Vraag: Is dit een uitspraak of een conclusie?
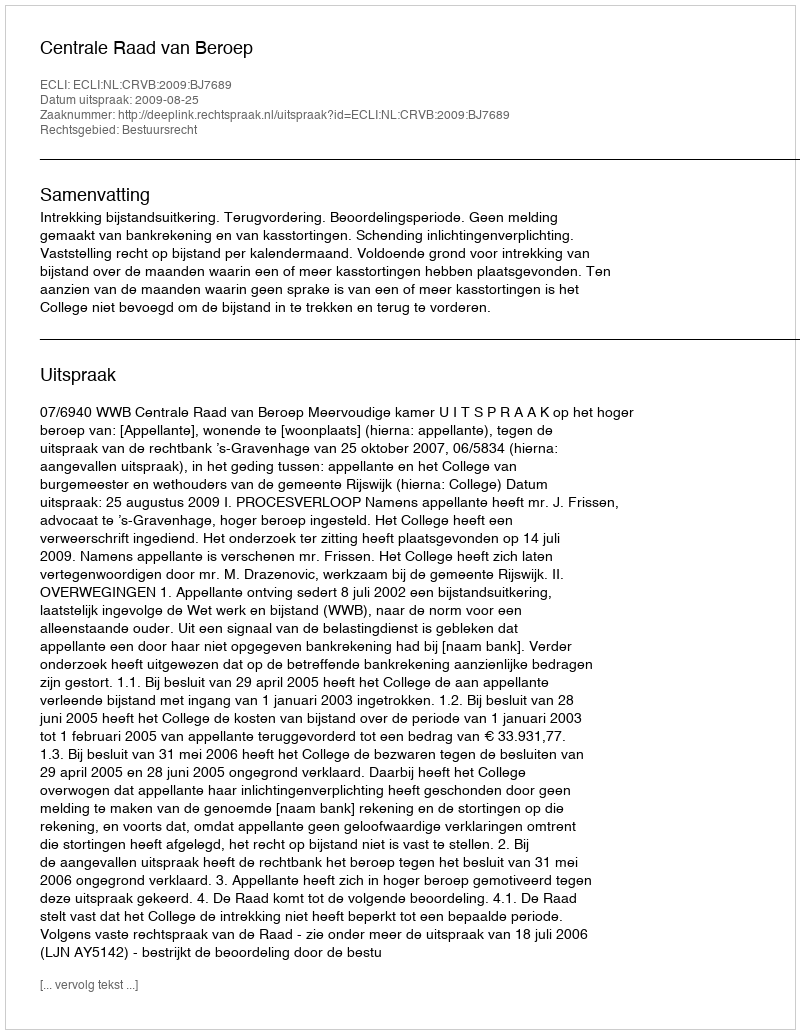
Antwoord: Uitspraak